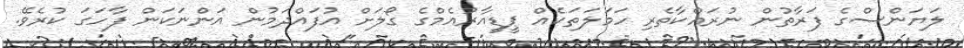
ލަޔަންސްގެ ފަރާތުން ނުރައްކާތެރި ހަމަލަތަކެއް ޕީޑީއާރުއެމްގެ ގޯލަށް އުފައްދަމުން އަންނަކަން ފާހަގަ ކުރެވޭ.